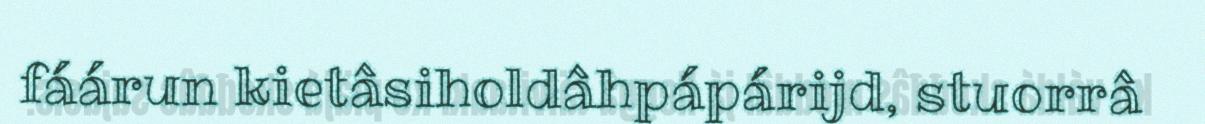
fáárun kietâsiholdâhpápárijd, stuorrâ